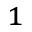
^ { 1 }